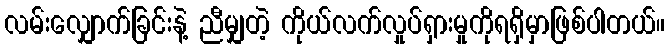
လမ်းလျှောက်ခြင်းနဲ့ ညီမျှတဲ့ ကိုယ်လက်လှုပ်ရှားမှုကိုရရှိမှာဖြစ်ပါတယ်။